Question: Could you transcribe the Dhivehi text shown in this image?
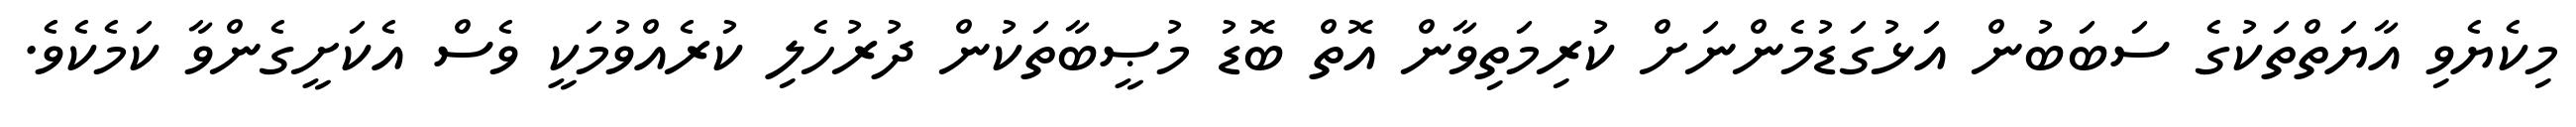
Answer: މިކެޔެވި އާޔަތްތަކުގެ ސަބަބުން އަޅުގަޑުމެންނަށް ކުރިމަތިވާން އޮތް ބޮޑު މުޞީބާތަކުން ދުރުހެލި ކުރެއްވުމަކީ ވެސް އެކަށީގެންވާ ކަމެކެވެ.